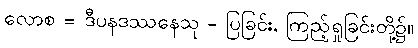
လောစ = ဒီပနဒဿနေသု - ပြခြင်း, ကြည့်ရှုခြင်းတို့၌။